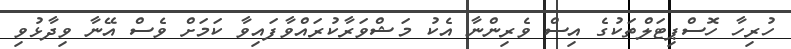
ހުރިހާ ހޮސްޕިޓަލްތަކުގެ އިސް ވެރިންނާ އެކު މަޝްވަރާކުރައްވާފައިވާ ކަމަށް ވެސް އޭނާ ވިދާޅުވި